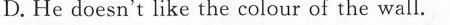
( )13.A.She will watch the film. B. She will call the doctor.